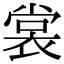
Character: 裳